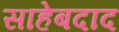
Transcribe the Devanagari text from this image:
साहेबदाद